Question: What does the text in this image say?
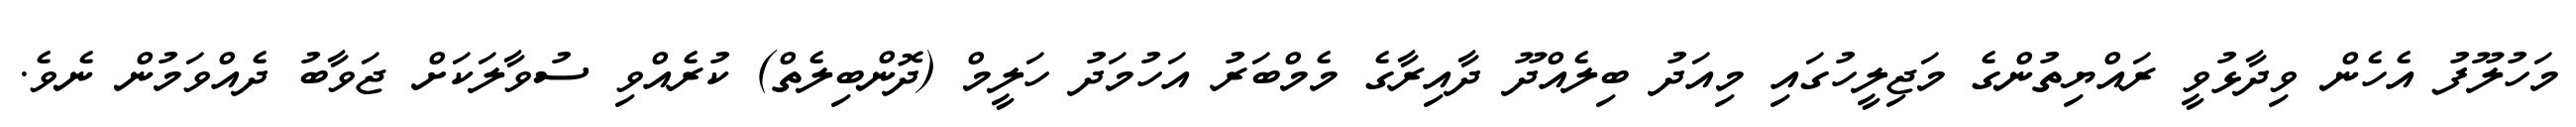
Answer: މަހުލޫފު އެހެން ވިދާޅުވީ ރައްޔިތުންގެ މަޖިލީހުގައި މިއަދު ބިލެއްދޫ ދާއިރާގެ މެމްބަރު އަހުމަދު ހަލީމް (ދޮންބިލެތް) ކުރެއްވި ސުވާލަކަށް ޖަވާބު ދެއްވަމުން ނެވެ.